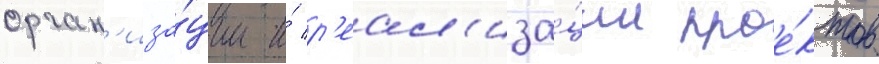
орган'иза́ции и́ р'еал'иза́ции прое́ктов